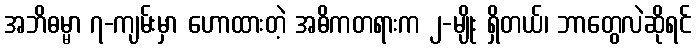
အဘိဓမ္မာ ၇-ကျမ်းမှာ ဟောထားတဲ့ အဓိကတရားက ၂-မျိုး ရှိတယ်၊ ဘာတွေလဲဆိုရင်